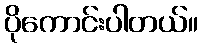
ပိုကောင်းပါတယ်။